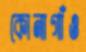
কোনাগাঁও